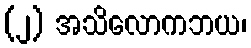
(၂) အသိလောကဘယ၊